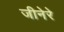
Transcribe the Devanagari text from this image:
जीनेरे